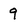
Character: 9